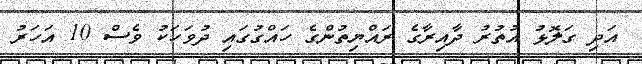
އަދި ގަލޮޅު އުތުރު ދާއިރާގެ ރައްޔިތުންގެ ހައްގުގައި ދުވަހަކު ވެސް 10 އަހަރު